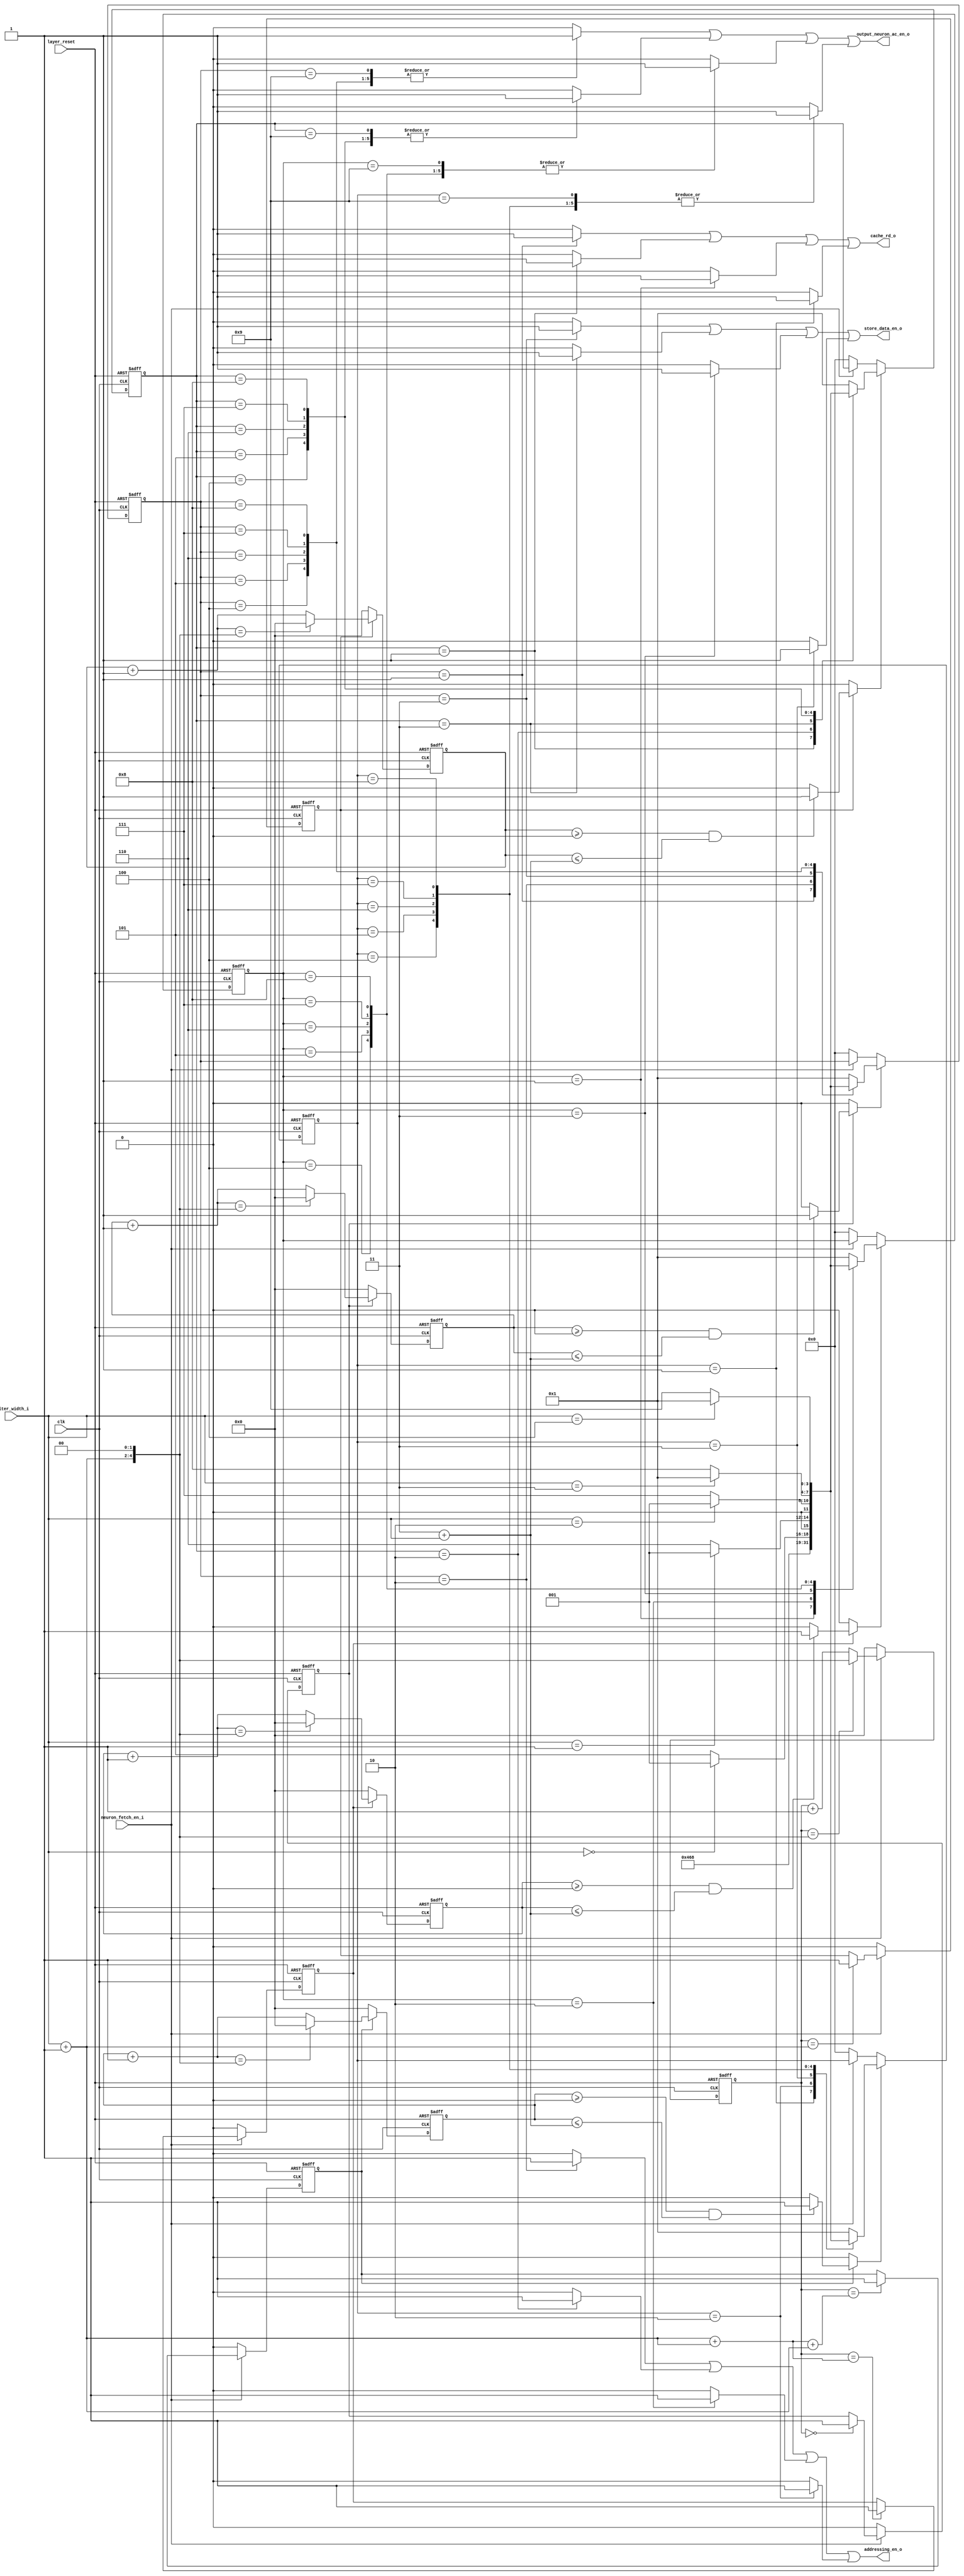
// Company           :   tud
//
// Project Name      :   sa_wubinyi
// Subproject Name   :   cnn_accelerator
// Description       :   <short description>
//
// Last Change       :   $Date$
// by                :   $Author$
//------------------------------------------------------------
module neuron_fetch_pipeline(
	clk,
	layer_reset,
	filter_width_i,
	neuron_fetch_en_i,
	addressing_en_o,
	cache_rd_o,
	store_data_en_o,
	output_neuron_ac_en_o
	);

// port parameter
parameter FILTER_WIDTH_BIT_WIDTH   = 3;

// thread activator
parameter FILTER_WIDTH_OFFSET_ONE  = 3'h1;
parameter FILTER_WIDTH_ZERO        = 3'h0;
parameter FILTER_WIDTH_ONE         = 3'h1;
parameter FILTER_WIDTH_TWO         = 3'h2;
parameter FILTER_WIDTH_THREE       = 3'h3;
parameter FILTER_WIDTH_FOUR        = 3'h4;
parameter FILTER_WIDTH_FIVE        = 3'h5;
parameter COUNTER_BIT_WIDTH        = 5;
parameter INI_COUNTER              = 5'h00;
parameter COUNTER_OFFSET_ONE       = 5'h01;
parameter COUNTER_ONE              = 5'h01;
parameter COUNTER_ZERO             = 5'h00;
parameter PIPELLINE_STAGE          = 5'h03;
parameter TRUE                     = 1'b1;
parameter FALSE                    = 1'b0;

// thread
parameter STATE_BIT_WIDTH          = 4;
parameter IDLE                     = 4'h0;
parameter PLACE_ADDRESS            = 4'h1;
parameter READ_CACHE               = 4'h2;
parameter STORE_FETCH_DATA         = 4'h3;
parameter OUPUT_NEURON_ACTI_1      = 4'h4;
parameter OUPUT_NEURON_ACTI_2      = 4'h5;
parameter OUPUT_NEURON_ACTI_3      = 4'h6;
parameter OUPUT_NEURON_ACTI_4      = 4'h7;
parameter OUPUT_NEURON_ACTI_5      = 4'h8;
parameter OUPUT_NEURON_ACTI_6      = 4'h9;

input clk;
input layer_reset;
input [FILTER_WIDTH_BIT_WIDTH-1:0] filter_width_i;
input neuron_fetch_en_i;
output addressing_en_o;
output cache_rd_o;
output store_data_en_o;
output output_neuron_ac_en_o;

task pipelline_thread;
	//input thread_en;
	input [STATE_BIT_WIDTH-1:0] neuron_fetch_state;
	input [FILTER_WIDTH_BIT_WIDTH-1:0] filter_width;
	output addressing_en;
	output cache_rd;
	output store_data_en;
	output output_neuron_ac_en;
	output [STATE_BIT_WIDTH-1:0] next_neuron_fetch_state;
	reg addressing_en_inter;
	reg cache_rd_inter;
	reg store_data_en_inter;
	reg output_neuron_ac_en_inter;
	begin
		addressing_en_inter = FALSE;
		cache_rd_inter = FALSE;
		store_data_en_inter = FALSE;
		output_neuron_ac_en_inter = FALSE;
		case(neuron_fetch_state)
			IDLE:begin
				next_neuron_fetch_state = PLACE_ADDRESS;
			end
			PLACE_ADDRESS:begin  // address already placed
				next_neuron_fetch_state = READ_CACHE;
				//addressing_en_inter = 1'b1;
				cache_rd_inter = TRUE;
			end
			READ_CACHE:begin
				next_neuron_fetch_state = STORE_FETCH_DATA;
				addressing_en_inter = TRUE;
				//cache_rd_inter = 1'b1;
			end
			STORE_FETCH_DATA:begin
				next_neuron_fetch_state = OUPUT_NEURON_ACTI_1;
				//addressing_en_inter = TRUE; // update address, the updated value is the next address
				store_data_en_inter = TRUE;
			end
			OUPUT_NEURON_ACTI_1:begin
				if (filter_width == FILTER_WIDTH_ZERO) begin
					next_neuron_fetch_state = PLACE_ADDRESS;
				end
				else begin
					next_neuron_fetch_state = OUPUT_NEURON_ACTI_2;
				end
				output_neuron_ac_en_inter = TRUE;
			end
			OUPUT_NEURON_ACTI_2:begin
				if (filter_width == FILTER_WIDTH_ONE) begin
					next_neuron_fetch_state = PLACE_ADDRESS;
				end
				else begin
					next_neuron_fetch_state = OUPUT_NEURON_ACTI_3;
				end
				output_neuron_ac_en_inter = TRUE;
			end
			OUPUT_NEURON_ACTI_3:begin
				if (filter_width == FILTER_WIDTH_TWO) begin
					next_neuron_fetch_state = PLACE_ADDRESS;
				end
				else begin
					next_neuron_fetch_state = OUPUT_NEURON_ACTI_4;
				end
				output_neuron_ac_en_inter = TRUE;
			end
			OUPUT_NEURON_ACTI_4:begin
				if (filter_width == FILTER_WIDTH_THREE) begin
					next_neuron_fetch_state = PLACE_ADDRESS;
				end
				else begin
					next_neuron_fetch_state = OUPUT_NEURON_ACTI_5;
				end
				output_neuron_ac_en_inter = TRUE;
			end
			OUPUT_NEURON_ACTI_5:begin
				if (filter_width == FILTER_WIDTH_FOUR) begin
					next_neuron_fetch_state = PLACE_ADDRESS;
				end
				else begin
					next_neuron_fetch_state = OUPUT_NEURON_ACTI_6;
				end
				output_neuron_ac_en_inter = TRUE;
			end
			OUPUT_NEURON_ACTI_6:begin
				if (filter_width == FILTER_WIDTH_FIVE) begin
					next_neuron_fetch_state = PLACE_ADDRESS;
				end
				else begin
					next_neuron_fetch_state = PLACE_ADDRESS;
				end
				output_neuron_ac_en_inter = TRUE;
			end
			default:begin
				next_neuron_fetch_state = PLACE_ADDRESS;
			end
		endcase
		addressing_en = addressing_en_inter; // & thread_en;
		cache_rd = cache_rd_inter; // & thread_en;
		store_data_en = store_data_en_inter; // & thread_en;
		output_neuron_ac_en = output_neuron_ac_en_inter; // & thread_en;					
	end
endtask

wire [FILTER_WIDTH_BIT_WIDTH-1:0] filter_width_actual;
assign filter_width_actual = filter_width_i + FILTER_WIDTH_OFFSET_ONE;
wire [COUNTER_BIT_WIDTH-1:0] total_clock;
assign total_clock = {filter_width_actual, 2'b00};

wire [COUNTER_BIT_WIDTH-1:0] thread_set_begin;
assign thread_set_begin = COUNTER_ZERO;
wire [COUNTER_BIT_WIDTH-1:0] thread_set_end;
assign thread_set_end = PIPELLINE_STAGE + {2'b00, filter_width_i};

wire [COUNTER_BIT_WIDTH-1:0] thread_0_counter;
assign thread_0_counter = COUNTER_ZERO;
wire [COUNTER_BIT_WIDTH-1:0] thread_1_counter;
assign thread_1_counter = {2'b00, filter_width_actual};
wire [COUNTER_BIT_WIDTH-1:0] thread_2_counter;
assign thread_2_counter = {2'b00, filter_width_actual} + {2'b00, filter_width_actual};
wire [COUNTER_BIT_WIDTH-1:0] thread_3_counter;
assign thread_3_counter = {2'b00, filter_width_actual} + {2'b00, filter_width_actual} + {2'b00, filter_width_actual};


reg [COUNTER_BIT_WIDTH-1:0] counter;
reg [COUNTER_BIT_WIDTH-1:0] counter_plus_one;
reg thread_0_counter_en;
reg thread_1_counter_en;
reg thread_2_counter_en;
reg thread_3_counter_en;

always @(posedge clk or posedge layer_reset) begin
	if (layer_reset) begin
		counter <= INI_COUNTER;
		thread_0_counter_en <= FALSE;
		thread_1_counter_en <= FALSE;
		thread_2_counter_en <= FALSE;
		thread_3_counter_en <= FALSE;
	end
	else if (neuron_fetch_en_i) begin
		if (counter == total_clock) begin
			counter <= total_clock;
		end
		else begin
			counter <= counter_plus_one;
		end
		if (counter == thread_0_counter) begin
			thread_0_counter_en <= TRUE;
		end
		if (counter == thread_1_counter) begin
			thread_1_counter_en <= TRUE;
		end
		if (counter == thread_2_counter) begin
			thread_2_counter_en <= TRUE;
		end
		if (counter == thread_3_counter) begin
			thread_3_counter_en <= TRUE;
		end
	end
	else begin
		counter <= INI_COUNTER;
		thread_0_counter_en <= FALSE;
		thread_1_counter_en <= FALSE;
		thread_2_counter_en <= FALSE;
		thread_3_counter_en <= FALSE;		
	end
end
always @(counter) begin
	counter_plus_one = counter + COUNTER_OFFSET_ONE;
end

// thread 0
reg [COUNTER_BIT_WIDTH-1:0] counter_0;
reg [COUNTER_BIT_WIDTH-1:0] counter_0_plus_one;
always @(posedge clk or posedge layer_reset) begin
	if (layer_reset) begin
		counter_0 <= INI_COUNTER;
	end
	else begin
		if (thread_0_counter_en) begin
			if (counter_0_plus_one == total_clock) begin
				counter_0 <= INI_COUNTER;
			end
			else begin
				counter_0 <= counter_0_plus_one;
			end
		end
		else begin
			counter_0 <= INI_COUNTER;		
		end		
	end
end
always @(counter_0) begin
	counter_0_plus_one = counter_0 + COUNTER_OFFSET_ONE;
end
reg thread_0_en;
wire thread_0_set_begin_flag;
wire thread_0_set_end_flag;
wire thread_0_set;
//wire counter_0_reset_en;
assign thread_0_set_begin_flag = counter_0 >= thread_set_begin;
assign thread_0_set_end_flag = counter_0 <= thread_set_end;
assign thread_0_set = thread_0_set_begin_flag & thread_0_set_end_flag;
//assign counter_0_reset_en = counter_0 == total_clock;
always @* begin
	if (thread_0_counter_en) begin
		if (thread_0_set) begin
			thread_0_en = TRUE;
		end
		else begin
			thread_0_en = FALSE;
		end		
	end
	else begin
		thread_0_en = FALSE;
	end
end

// // thread 0
// reg [COUNTER_BIT_WIDTH-1:0] counter_0;
// always @(posedge clk) begin
// 	if (thread_0_counter_en) begin
// 		if (counter_0 == total_clock) begin
// 			counter_0 <= COUNTER_ONE;
// 		end
// 		else begin
// 			counter_0 <= counter_0 + COUNTER_OFFSET_ONE;
// 		end
// 	end
// 	else begin
// 		counter_0 <= INI_COUNTER;
// 	end
// end

// reg thread_0_en;
// wire thread_0_set_begin_flag;
// wire thread_0_set_end_flag;
// wire thread_0_set;
// assign thread_0_set_begin_flag = counter_0 >= thread_set_begin;
// assign thread_0_set_end_flag = counter_0 <= thread_set_end;
// assign thread_0_set = thread_0_set_begin_flag & thread_0_set_end_flag;
// always @(thread_0_set) begin
// 	if (thread_0_set) begin
// 		thread_0_en = TRUE;
// 	end
// 	else begin
// 		thread_0_en = FALSE;
// 	end		
// end



// thread 1
reg [COUNTER_BIT_WIDTH-1:0] counter_1;
reg [COUNTER_BIT_WIDTH-1:0] counter_1_plus_one;
always @(posedge clk or posedge layer_reset) begin
	if (layer_reset) begin
		counter_1 <= INI_COUNTER;
	end
	else begin
		if (thread_1_counter_en) begin
			if (counter_1_plus_one == total_clock) begin
				counter_1 <= INI_COUNTER;
			end
			else begin
				counter_1 <= counter_1_plus_one;
			end
		end
		else begin
			counter_1 <= INI_COUNTER;		
		end		
	end
end
always @(counter_1) begin
	counter_1_plus_one = counter_1 + COUNTER_OFFSET_ONE;
end
reg thread_1_en;
wire thread_1_set_begin_flag;
wire thread_1_set_end_flag;
wire thread_1_set;
//wire counter_1_reset_en;
assign thread_1_set_begin_flag = counter_1 >= thread_set_begin;
assign thread_1_set_end_flag = counter_1 <= thread_set_end;
assign thread_1_set = thread_1_set_begin_flag & thread_1_set_end_flag;
//assign counter_1_reset_en = counter_1 == total_clock;
always @* begin
	if (thread_1_counter_en) begin
		if (thread_1_set) begin
			thread_1_en = TRUE;
		end
		else begin
			thread_1_en = FALSE;
		end		
	end
	else begin
		thread_1_en = FALSE;
	end
end

// // thread 1
// reg [COUNTER_BIT_WIDTH-1:0] counter_1;
// always @(posedge clk) begin
// 	if (thread_1_counter_en) begin
// 		if (counter_1 == total_clock) begin
// 			counter_1 <= COUNTER_ONE;
// 		end
// 		else begin
// 			counter_1 <= counter_1 + COUNTER_OFFSET_ONE;
// 		end
// 	end
// 	else begin
// 		counter_1 <= INI_COUNTER;
// 	end
// end
// reg thread_1_en;
// wire thread_1_set_begin_flag;
// wire thread_1_set_end_flag;
// wire thread_1_set;
// assign thread_1_set_begin_flag = counter_1 >= thread_set_begin;
// assign thread_1_set_end_flag = counter_1 <= thread_set_end;
// assign thread_1_set = thread_1_set_begin_flag & thread_1_set_end_flag;
// always @(thread_1_set) begin
// 	if (thread_1_set) begin
// 		thread_1_en = TRUE;
// 	end
// 	else begin
// 		thread_1_en = FALSE;
// 	end
// end


// thread 2
reg [COUNTER_BIT_WIDTH-1:0] counter_2;
reg [COUNTER_BIT_WIDTH-1:0] counter_2_plus_one;
always @(posedge clk or posedge layer_reset) begin
	if (layer_reset) begin
		counter_2 <= INI_COUNTER;
	end
	else begin
		if (thread_2_counter_en) begin
			if (counter_2_plus_one == total_clock) begin
				counter_2 <= INI_COUNTER;
			end
			else begin
				counter_2 <= counter_2_plus_one;
			end
		end
		else begin
			counter_2 <= INI_COUNTER;		
		end		
	end
end
always @(counter_2) begin
	counter_2_plus_one = counter_2 + COUNTER_OFFSET_ONE;
end
reg thread_2_en;
wire thread_2_set_begin_flag;
wire thread_2_set_end_flag;
wire thread_2_set;
//wire counter_2_reset_en;
assign thread_2_set_begin_flag = counter_2 >= thread_set_begin;
assign thread_2_set_end_flag = counter_2 <= thread_set_end;
assign thread_2_set = thread_2_set_begin_flag & thread_2_set_end_flag;
//assign counter_2_reset_en = counter_2 == total_clock;
always @* begin
	if (thread_2_counter_en) begin
		if (thread_2_set) begin
			thread_2_en = TRUE;
		end
		else begin
			thread_2_en = FALSE;
		end		
	end
	else begin
		thread_2_en = FALSE;
	end
end
// // thread 2
// reg [COUNTER_BIT_WIDTH-1:0] counter_2;
// always @(posedge clk) begin
// 	if (thread_2_counter_en) begin
// 		if (counter_2 == total_clock) begin
// 			counter_2 <= COUNTER_ONE;
// 		end
// 		else begin
// 			counter_2 <= counter_2 + COUNTER_OFFSET_ONE;
// 		end
// 	end
// 	else begin
// 		counter_2 <= INI_COUNTER;
// 	end
// end
// reg  thread_2_en;
// wire thread_2_set_begin_flag;
// wire thread_2_set_end_flag;
// wire thread_2_set;
// assign thread_2_set_begin_flag = counter_2 >= thread_set_begin;
// assign thread_2_set_end_flag = counter_2 <= thread_set_end;
// assign thread_2_set = thread_2_set_begin_flag & thread_2_set_end_flag;
// always @(thread_2_set) begin
// 	if (thread_2_set) begin
// 		thread_2_en = TRUE;
// 	end
// 	else begin
// 		thread_2_en = FALSE;
// 	end
// end


// thread 3
reg [COUNTER_BIT_WIDTH-1:0] counter_3;
reg [COUNTER_BIT_WIDTH-1:0] counter_3_plus_one;
always @(posedge clk or posedge layer_reset) begin
	if (layer_reset) begin
		counter_3 <= INI_COUNTER;
	end
	else begin
		if (thread_3_counter_en) begin
			if (counter_3_plus_one == total_clock) begin
				counter_3 <= INI_COUNTER;
			end
			else begin
				counter_3 <= counter_3_plus_one;
			end
		end
		else begin
			counter_3 <= INI_COUNTER;		
		end		
	end
end
always @(counter_3) begin
	counter_3_plus_one = counter_3 + COUNTER_OFFSET_ONE;
end
reg thread_3_en;
wire thread_3_set_begin_flag;
wire thread_3_set_end_flag;
wire thread_3_set;
//wire counter_3_reset_en;
assign thread_3_set_begin_flag = counter_3 >= thread_set_begin;
assign thread_3_set_end_flag = counter_3 <= thread_set_end;
assign thread_3_set = thread_3_set_begin_flag & thread_3_set_end_flag;
//assign counter_3_reset_en = counter_3 == total_clock;
always @* begin
	if (thread_3_counter_en) begin
		if (thread_3_set) begin
			thread_3_en = TRUE;
		end
		else begin
			thread_3_en = FALSE;
		end		
	end
	else begin
		thread_3_en = FALSE;
	end
end
// // thread 3
// reg [COUNTER_BIT_WIDTH-1:0] counter_3;
// always @(posedge clk) begin
// 	if (thread_3_counter_en) begin
// 		if (counter_3 == total_clock) begin
// 			counter_3 <= COUNTER_ONE;
// 		end
// 		else begin
// 			counter_3 <= counter_3 + COUNTER_OFFSET_ONE;
// 		end
// 	end
// 	else begin
// 		counter_3 <= INI_COUNTER;
// 	end
// end
// reg  thread_3_en;
// wire thread_3_set_begin_flag;
// wire thread_3_set_end_flag;
// wire thread_3_set;
// assign thread_3_set_begin_flag = counter_3 >= thread_set_begin;
// assign thread_3_set_end_flag = counter_3 <= thread_set_end;
// assign thread_3_set = thread_3_set_begin_flag & thread_3_set_end_flag;
// always @(thread_3_set) begin
// 	if (thread_3_set) begin
// 		thread_3_en = TRUE;
// 	end
// 	else begin
// 		thread_3_en = FALSE;
// 	end
// end


// first thread
reg [STATE_BIT_WIDTH-1:0] neuron_fetch_state_f;
reg [STATE_BIT_WIDTH-1:0] next_neuron_fetch_state_f;
reg addressing_en_f;
reg cache_rd_o_f;
reg store_data_en_f;
reg output_neuron_ac_en_f;
always @(posedge clk or posedge layer_reset) begin
	if (layer_reset) begin
		neuron_fetch_state_f <= IDLE;
	end
	else if (thread_0_en) begin
		neuron_fetch_state_f <= next_neuron_fetch_state_f;
	end
	else if(!neuron_fetch_en_i) begin
		neuron_fetch_state_f <= IDLE;
	end
end
always @(neuron_fetch_state_f or filter_width_i) begin
	pipelline_thread(neuron_fetch_state_f, filter_width_i, addressing_en_f, cache_rd_o_f, store_data_en_f, output_neuron_ac_en_f, next_neuron_fetch_state_f);
end

// second thread
reg [STATE_BIT_WIDTH-1:0] neuron_fetch_state_s;
reg [STATE_BIT_WIDTH-1:0] next_neuron_fetch_state_s;
reg addressing_en_s;
reg cache_rd_o_s;
reg store_data_en_s;
reg output_neuron_ac_en_s;
always @(posedge clk or posedge layer_reset) begin
	if (layer_reset) begin
		neuron_fetch_state_s <= IDLE;
	end
	else if (thread_1_en) begin
		neuron_fetch_state_s <= next_neuron_fetch_state_s;
	end
	else if(!neuron_fetch_en_i) begin
		neuron_fetch_state_s <= IDLE;
	end
end
always @(neuron_fetch_state_s or filter_width_i) begin
	pipelline_thread(neuron_fetch_state_s, filter_width_i, addressing_en_s, cache_rd_o_s, store_data_en_s, output_neuron_ac_en_s, next_neuron_fetch_state_s);
end

// third thread
reg [STATE_BIT_WIDTH-1:0] neuron_fetch_state_t;
reg [STATE_BIT_WIDTH-1:0] next_neuron_fetch_state_t;
reg addressing_en_t;
reg cache_rd_o_t;
reg store_data_en_t;
reg output_neuron_ac_en_t;
always @(posedge clk or posedge layer_reset) begin
	if (layer_reset) begin
		neuron_fetch_state_t <= IDLE;
	end
	else if (thread_2_en) begin
		neuron_fetch_state_t <= next_neuron_fetch_state_t;
	end
	else if(!neuron_fetch_en_i) begin
		neuron_fetch_state_t <= IDLE;
	end
end
always @(neuron_fetch_state_t or filter_width_i) begin
	pipelline_thread(neuron_fetch_state_t, filter_width_i, addressing_en_t, cache_rd_o_t, store_data_en_t, output_neuron_ac_en_t, next_neuron_fetch_state_t);
end

// fourth thread
reg [STATE_BIT_WIDTH-1:0] neuron_fetch_state_fo;
reg [STATE_BIT_WIDTH-1:0] next_neuron_fetch_state_fo;
reg addressing_en_fo;
reg cache_rd_o_fo;
reg store_data_en_fo;
reg output_neuron_ac_en_fo;
always @(posedge clk or posedge layer_reset) begin
	if (layer_reset) begin
		neuron_fetch_state_fo <= IDLE;
	end
	else if (thread_3_en) begin
		neuron_fetch_state_fo <= next_neuron_fetch_state_fo;
	end
	else if(!neuron_fetch_en_i) begin
		neuron_fetch_state_fo <= IDLE;
	end
end
always @(neuron_fetch_state_fo or filter_width_i) begin
	pipelline_thread(neuron_fetch_state_fo, filter_width_i, addressing_en_fo, cache_rd_o_fo, store_data_en_fo, output_neuron_ac_en_fo, next_neuron_fetch_state_fo);
end

assign addressing_en_o = addressing_en_f | addressing_en_s | addressing_en_t | addressing_en_fo;
assign cache_rd_o = cache_rd_o_f | cache_rd_o_s | cache_rd_o_t | cache_rd_o_fo;
assign store_data_en_o = store_data_en_f | store_data_en_s | store_data_en_t | store_data_en_fo;
assign output_neuron_ac_en_o = output_neuron_ac_en_f | output_neuron_ac_en_s | output_neuron_ac_en_t | output_neuron_ac_en_fo;

endmodule




// module neuron_fetch_pipelline_backup(
// 	clk,
// 	layer_reset,
// 	filter_width_i,
// 	neuron_fetch_en_i,
// 	addressing_en_o,
// 	cache_rd_o,
// 	store_data_en_o,
// 	output_neuron_ac_en_o
// 	);

// parameter PIPELLINE_STAGE                          = 3;

// parameter IDLE                                     = 4'h0;
// parameter PLACE_ADDRESS                            = 4'h1;
// parameter READ_CACHE                               = 4'h2;
// parameter STORE_FETCH_DATA                         = 4'h3;
// parameter OUPUT_NEURON_ACTI_1                      = 4'h4;
// parameter OUPUT_NEURON_ACTI_2                      = 4'h5;
// parameter OUPUT_NEURON_ACTI_3                      = 4'h6;
// parameter OUPUT_NEURON_ACTI_4                      = 4'h7;
// parameter OUPUT_NEURON_ACTI_5                      = 4'h8;
// parameter OUPUT_NEURON_ACTI_6                      = 4'h9;

// input clk;
// input layer_reset;
// input [2:0] filter_width_i;
// input neuron_fetch_en_i;
// output addressing_en_o;
// output cache_rd_o;
// output store_data_en_o;
// output output_neuron_ac_en_o;

// task pipelline_thread;
// 	//input thread_en;
// 	input [3:0] neuron_fetch_state;
// 	input [2:0] filter_width;
// 	output addressing_en;
// 	output cache_rd;
// 	output store_data_en;
// 	output output_neuron_ac_en;
// 	output [3:0] next_neuron_fetch_state;
// 	reg addressing_en_inter;
// 	reg cache_rd_inter;
// 	reg store_data_en_inter;
// 	reg output_neuron_ac_en_inter;
// 	begin
// 		addressing_en_inter = 1'b0;
// 		cache_rd_inter = 1'b0;
// 		store_data_en_inter = 1'b0;
// 		output_neuron_ac_en_inter = 1'b0;
// 		case(neuron_fetch_state)
// 			IDLE:begin
// 				next_neuron_fetch_state = PLACE_ADDRESS;
// 			end
// 			PLACE_ADDRESS:begin  // address already placed
// 				next_neuron_fetch_state = READ_CACHE;
// 				//addressing_en_inter = 1'b1;
// 				cache_rd_inter = 1'b1;
// 			end
// 			READ_CACHE:begin
// 				next_neuron_fetch_state = STORE_FETCH_DATA;
// 				//addressing_en_inter = 1'b1;
// 				//cache_rd_inter = 1'b1;
// 			end
// 			STORE_FETCH_DATA:begin
// 				next_neuron_fetch_state = OUPUT_NEURON_ACTI_1;
// 				addressing_en_inter = 1'b1; // update address, the updated value is the next address
// 				store_data_en_inter = 1'b1;
// 			end
// 			OUPUT_NEURON_ACTI_1:begin
// 				if (filter_width == 3'h0) begin
// 					next_neuron_fetch_state = PLACE_ADDRESS;
// 				end
// 				else begin
// 					next_neuron_fetch_state = OUPUT_NEURON_ACTI_2;
// 				end
// 				output_neuron_ac_en_inter = 1'b1;
// 			end
// 			OUPUT_NEURON_ACTI_2:begin
// 				if (filter_width == 3'h1) begin
// 					next_neuron_fetch_state = PLACE_ADDRESS;
// 				end
// 				else begin
// 					next_neuron_fetch_state = OUPUT_NEURON_ACTI_3;
// 				end
// 				output_neuron_ac_en_inter = 1'b1;
// 			end
// 			OUPUT_NEURON_ACTI_3:begin
// 				if (filter_width == 3'h2) begin
// 					next_neuron_fetch_state = PLACE_ADDRESS;
// 				end
// 				else begin
// 					next_neuron_fetch_state = OUPUT_NEURON_ACTI_4;
// 				end
// 				output_neuron_ac_en_inter = 1'b1;
// 			end
// 			OUPUT_NEURON_ACTI_4:begin
// 				if (filter_width == 3'h3) begin
// 					next_neuron_fetch_state = PLACE_ADDRESS;
// 				end
// 				else begin
// 					next_neuron_fetch_state = OUPUT_NEURON_ACTI_5;
// 				end
// 				output_neuron_ac_en_inter = 1'b1;
// 			end
// 			OUPUT_NEURON_ACTI_5:begin
// 				if (filter_width == 3'h4) begin
// 					next_neuron_fetch_state = PLACE_ADDRESS;
// 				end
// 				else begin
// 					next_neuron_fetch_state = OUPUT_NEURON_ACTI_6;
// 				end
// 				output_neuron_ac_en_inter = 1'b1;
// 			end
// 			OUPUT_NEURON_ACTI_6:begin
// 				if (filter_width == 3'h5) begin
// 					next_neuron_fetch_state = PLACE_ADDRESS;
// 				end
// 				else begin
// 					next_neuron_fetch_state = PLACE_ADDRESS;
// 				end
// 				output_neuron_ac_en_inter = 1'b1;
// 			end
// 			default:begin
// 				next_neuron_fetch_state = PLACE_ADDRESS;
// 			end
// 		endcase
// 		addressing_en = addressing_en_inter; // & thread_en;
// 		cache_rd = cache_rd_inter; // & thread_en;
// 		store_data_en = store_data_en_inter; // & thread_en;
// 		output_neuron_ac_en = output_neuron_ac_en_inter; // & thread_en;					
// 	end
// endtask

// parameter COUNTER_BIT_WIDTH     = 5;
// parameter INI_COUNTER           = 5'h00;
// parameter COUNTER_OFFSET_ONE    = 5'h01;
// parameter COUNTER_ONE           = 5'h01;
// parameter TRUE                  = 1'b1;
// parameter FALSE                 = 1'b0;

// wire [2:0] filter_width_actual;
// assign filter_width_actual = filter_width_i + 3'h1;
// wire [4:0] total_clock;
// assign total_clock = 3'h4 * filter_width_actual - 5'h01;
// wire [4:0] thread_set_begin;

// assign thread_set_begin = 5'h00;
// wire [4:0] thread_set_end;
// assign thread_set_end = 5'h02 + {2'b00, filter_width_actual};

// wire [4:0] thread_0_counter;
// assign thread_0_counter = 5'h00;
// wire [4:0] thread_1_counter;
// assign thread_1_counter = {2'b00, filter_width_actual};
// wire [4:0] thread_2_counter;
// assign thread_2_counter = {2'b00, filter_width_actual} + {2'b00, filter_width_actual};
// wire [4:0] thread_3_counter;
// assign thread_3_counter = {2'b00, filter_width_actual} + {2'b00, filter_width_actual} + {2'b00, filter_width_actual};


// reg [COUNTER_BIT_WIDTH-1:0] counter;
// reg [COUNTER_BIT_WIDTH-1:0] counter_plus_one;
// reg thread_0_counter_en;
// reg thread_1_counter_en;
// reg thread_2_counter_en;
// reg thread_3_counter_en;

// always @(posedge clk or posedge layer_reset) begin
// 	if (layer_reset) begin
// 		counter_plus_one = INI_COUNTER;
// 	end
// 	else if (neuron_fetch_en_i) begin
// 		counter_plus_one = counter + COUNTER_OFFSET_ONE;
// 	end
// end
// always @* begin
// 	if (neuron_fetch_en_i) begin
// 		if (counter == total_clock) begin
// 			counter = total_clock;
// 		end
// 		else begin
// 			counter = counter_plus_one;
// 		end	
// 		if (counter >= thread_0_counter) begin
// 			thread_0_counter_en = TRUE;
// 		end
// 		else begin
// 			thread_0_counter_en = FALSE;
// 		end
// 		if (counter >= thread_1_counter) begin
// 			thread_1_counter_en = TRUE;
// 		end
// 		else begin
// 			thread_1_counter_en = FALSE;
// 		end
// 		if (counter >= thread_2_counter) begin
// 			thread_2_counter_en = TRUE;
// 		end
// 		else begin
// 			thread_2_counter_en = FALSE;
// 		end
// 		if (counter >= thread_3_counter) begin
// 			thread_3_counter_en = TRUE;
// 		end
// 		else begin
// 			thread_3_counter_en = FALSE;
// 		end
// 	end
// 	else begin
// 		counter = INI_COUNTER;
// 		thread_0_counter_en = FALSE;
// 		thread_1_counter_en = FALSE;
// 		thread_2_counter_en = FALSE;
// 		thread_3_counter_en = FALSE;		
// 	end
// end

// // always @(posedge clk or posedge layer_reset) begin
// // 	if (layer_reset) begin
// // 		counter <= INI_COUNTER;
// // 		thread_0_counter_en <= FALSE;
// // 		thread_1_counter_en <= FALSE;
// // 		thread_2_counter_en <= FALSE;
// // 		thread_3_counter_en <= FALSE;
// // 	end
// // 	else if (neuron_fetch_en_i) begin
// // 		if (counter == total_clock) begin
// // 			counter <= total_clock;
// // 		end
// // 		else begin
// // 			counter <= counter_plus_one;
// // 		end
// // 		if (counter == thread_0_counter) begin
// // 			thread_0_counter_en <= TRUE;
// // 		end
// // 		if (counter == thread_1_counter) begin
// // 			thread_1_counter_en <= TRUE;
// // 		end
// // 		if (counter == thread_2_counter) begin
// // 			thread_2_counter_en <= TRUE;
// // 		end
// // 		if (counter == thread_3_counter) begin
// // 			thread_3_counter_en <= TRUE;
// // 		end
// // 	end
// // 	else begin
// // 		counter <= INI_COUNTER;
// // 		thread_0_counter_en <= FALSE;
// // 		thread_1_counter_en <= FALSE;
// // 		thread_2_counter_en <= FALSE;
// // 		thread_3_counter_en <= FALSE;		
// // 	end
// // end
// // always @(counter) begin
// // 	counter_plus_one = counter + COUNTER_OFFSET_ONE;
// // end

// // thread 0
// reg [COUNTER_BIT_WIDTH-1:0] counter_0;
// always @(posedge clk) begin
// 	if (thread_0_counter_en) begin
// 		if (counter_0 == total_clock) begin
// 			counter_0 <= COUNTER_ONE;
// 		end
// 		else begin
// 			counter_0 <= counter_0 + COUNTER_OFFSET_ONE;
// 		end
// 	end
// 	else begin
// 		counter_0 <= INI_COUNTER;
// 	end
// end

// reg thread_0_en;
// wire thread_0_set_begin_flag;
// wire thread_0_set_end_flag;
// wire thread_0_set;
// assign thread_0_set_begin_flag = counter_0 >= thread_set_begin;
// assign thread_0_set_end_flag = counter_0 <= thread_set_end;
// assign thread_0_set = thread_0_set_begin_flag & thread_0_set_end_flag;
// always @(thread_0_set) begin
// 	if (thread_0_set) begin
// 		thread_0_en = TRUE;
// 	end
// 	else begin
// 		thread_0_en = FALSE;
// 	end		
// end

// // thread 1
// reg [COUNTER_BIT_WIDTH-1:0] counter_1;
// always @(posedge clk) begin
// 	if (thread_1_counter_en) begin
// 		if (counter_1 == total_clock) begin
// 			counter_1 <= COUNTER_ONE;
// 		end
// 		else begin
// 			counter_1 <= counter_1 + COUNTER_OFFSET_ONE;
// 		end
// 	end
// 	else begin
// 		counter_1 <= INI_COUNTER;
// 	end
// end
// reg thread_1_en;
// wire thread_1_set_begin_flag;
// wire thread_1_set_end_flag;
// wire thread_1_set;
// assign thread_1_set_begin_flag = counter_1 >= thread_set_begin;
// assign thread_1_set_end_flag = counter_1 <= thread_set_end;
// assign thread_1_set = thread_1_set_begin_flag & thread_1_set_end_flag;
// always @(thread_1_set) begin
// 	if (thread_1_set) begin
// 		thread_1_en = TRUE;
// 	end
// 	else begin
// 		thread_1_en = FALSE;
// 	end
// end

// // thread 2
// reg [COUNTER_BIT_WIDTH-1:0] counter_2;
// always @(posedge clk) begin
// 	if (thread_2_counter_en) begin
// 		if (counter_2 == total_clock) begin
// 			counter_2 <= COUNTER_ONE;
// 		end
// 		else begin
// 			counter_2 <= counter_2 + COUNTER_OFFSET_ONE;
// 		end
// 	end
// 	else begin
// 		counter_2 <= INI_COUNTER;
// 	end
// end
// reg  thread_2_en;
// wire thread_2_set_begin_flag;
// wire thread_2_set_end_flag;
// wire thread_2_set;
// assign thread_2_set_begin_flag = counter_2 >= thread_set_begin;
// assign thread_2_set_end_flag = counter_2 <= thread_set_end;
// assign thread_2_set = thread_2_set_begin_flag & thread_2_set_end_flag;
// always @(thread_2_set) begin
// 	if (thread_2_set) begin
// 		thread_2_en = TRUE;
// 	end
// 	else begin
// 		thread_2_en = FALSE;
// 	end
// end

// // thread 3
// reg [COUNTER_BIT_WIDTH-1:0] counter_3;
// always @(posedge clk) begin
// 	if (thread_3_counter_en) begin
// 		if (counter_3 == total_clock) begin
// 			counter_3 <= COUNTER_ONE;
// 		end
// 		else begin
// 			counter_3 <= counter_3 + COUNTER_OFFSET_ONE;
// 		end
// 	end
// 	else begin
// 		counter_3 <= INI_COUNTER;
// 	end
// end
// reg  thread_3_en;
// wire thread_3_set_begin_flag;
// wire thread_3_set_end_flag;
// wire thread_3_set;
// assign thread_3_set_begin_flag = counter_3 >= thread_set_begin;
// assign thread_3_set_end_flag = counter_3 <= thread_set_end;
// assign thread_3_set = thread_3_set_begin_flag & thread_3_set_end_flag;
// always @(thread_3_set) begin
// 	if (thread_3_set) begin
// 		thread_3_en = TRUE;
// 	end
// 	else begin
// 		thread_3_en = FALSE;
// 	end
// end


// // first thread
// reg [3:0] neuron_fetch_state_f;
// reg [3:0] next_neuron_fetch_state_f;
// reg addressing_en_f;
// reg cache_rd_o_f;
// reg store_data_en_f;
// reg output_neuron_ac_en_f;
// always @(posedge clk or posedge layer_reset) begin
// 	if (layer_reset) begin
// 		neuron_fetch_state_f <= IDLE;
// 	end
// 	else if (thread_0_en) begin
// 		neuron_fetch_state_f <= next_neuron_fetch_state_f;
// 	end
// 	else if(!neuron_fetch_en_i) begin
// 		neuron_fetch_state_f <= IDLE;
// 	end
// end
// always @(neuron_fetch_state_f or filter_width_i or thread_0_en) begin
// 	pipelline_thread(neuron_fetch_state_f, filter_width_i, addressing_en_f, cache_rd_o_f, store_data_en_f, output_neuron_ac_en_f, next_neuron_fetch_state_f);
// end

// // second thread
// reg [3:0] neuron_fetch_state_s;
// reg [3:0] next_neuron_fetch_state_s;
// reg addressing_en_s;
// reg cache_rd_o_s;
// reg store_data_en_s;
// reg output_neuron_ac_en_s;
// always @(posedge clk or posedge layer_reset) begin
// 	if (layer_reset) begin
// 		neuron_fetch_state_s <= IDLE;
// 	end
// 	else if (thread_1_en) begin
// 		neuron_fetch_state_s <= next_neuron_fetch_state_s;
// 	end
// 	else if(!neuron_fetch_en_i) begin
// 		neuron_fetch_state_s <= IDLE;
// 	end
// end
// always @(neuron_fetch_state_s or filter_width_i or thread_1_en) begin
// 	pipelline_thread(neuron_fetch_state_s, filter_width_i, addressing_en_s, cache_rd_o_s, store_data_en_s, output_neuron_ac_en_s, next_neuron_fetch_state_s);
// end

// // third thread
// reg [3:0] neuron_fetch_state_t;
// reg [3:0] next_neuron_fetch_state_t;
// reg addressing_en_t;
// reg cache_rd_o_t;
// reg store_data_en_t;
// reg output_neuron_ac_en_t;
// always @(posedge clk or posedge layer_reset) begin
// 	if (layer_reset) begin
// 		neuron_fetch_state_t <= IDLE;
// 	end
// 	else if (thread_2_en) begin
// 		neuron_fetch_state_t <= next_neuron_fetch_state_t;
// 	end
// 	else if(!neuron_fetch_en_i) begin
// 		neuron_fetch_state_t <= IDLE;
// 	end
// end
// always @(neuron_fetch_state_t or filter_width_i or thread_2_en) begin
// 	pipelline_thread(neuron_fetch_state_t, filter_width_i, addressing_en_t, cache_rd_o_t, store_data_en_t, output_neuron_ac_en_t, next_neuron_fetch_state_t);
// end

// // fourth thread
// reg [3:0] neuron_fetch_state_fo;
// reg [3:0] next_neuron_fetch_state_fo;
// reg addressing_en_fo;
// reg cache_rd_o_fo;
// reg store_data_en_fo;
// reg output_neuron_ac_en_fo;
// always @(posedge clk or posedge layer_reset) begin
// 	if (layer_reset) begin
// 		neuron_fetch_state_fo <= IDLE;
// 	end
// 	else if (thread_3_en) begin
// 		neuron_fetch_state_fo <= next_neuron_fetch_state_fo;
// 	end
// 	else if(!neuron_fetch_en_i) begin
// 		neuron_fetch_state_fo <= IDLE;
// 	end
// end
// always @(neuron_fetch_state_fo or filter_width_i or thread_3_en) begin
// 	pipelline_thread(neuron_fetch_state_fo, filter_width_i, addressing_en_fo, cache_rd_o_fo, store_data_en_fo, output_neuron_ac_en_fo, next_neuron_fetch_state_fo);
// end

// assign addressing_en_o = addressing_en_f | addressing_en_s | addressing_en_t | addressing_en_fo;
// assign cache_rd_o = cache_rd_o_f | cache_rd_o_s | cache_rd_o_t | cache_rd_o_fo;
// assign store_data_en_o = store_data_en_f | store_data_en_s | store_data_en_t | store_data_en_fo;
// assign output_neuron_ac_en_o = output_neuron_ac_en_f | output_neuron_ac_en_s | output_neuron_ac_en_t | output_neuron_ac_en_fo;

// endmodule